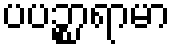
ပပဉ္စာရာမာ